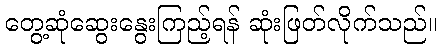
တွေ့ဆုံဆွေးနွေးကြည့်ရန် ဆုံးဖြတ်လိုက်သည်။